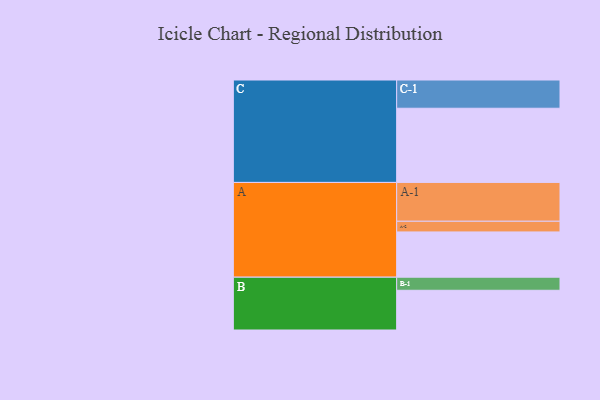
{"axis": {"x": "Segment", "y": "Value"}, "legend": ["", "A", "B", "C"], "data": [{"x": "A", "y": 343, "type": ""}, {"x": "B", "y": 301, "type": ""}, {"x": "C", "y": 562, "type": ""}, {"x": "A-1", "y": 294, "type": "A"}, {"x": "A-2", "y": 81, "type": "A"}, {"x": "B-1", "y": 99, "type": "B"}, {"x": "C-1", "y": 214, "type": "C"}]}